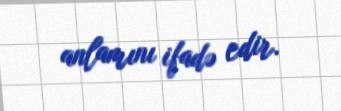
anlamını ifadə edir.